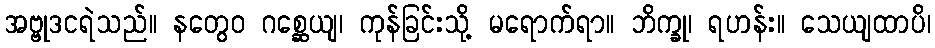
အဗ္ဗုဒငရဲသည်။ နတွေဝ ဂစ္ဆေယျ၊ ကုန်ခြင်းသို့ မရောက်ရာ။ ဘိက္ခု၊ ရဟန်း။ သေယျထာပိ၊